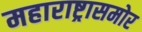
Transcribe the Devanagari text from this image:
महाराष्ट्रासमोर